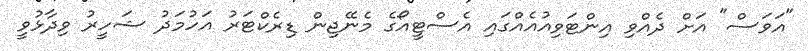
"އަވަސް" އަށް ދެއްވި އިންޓަވިއުއެއްގައި އެސްޓީއޯގެ މެނޭޖިން ޑިރެކްޓަރު އަހުމަދު ޝަހީރު ވިދާޅުވީ